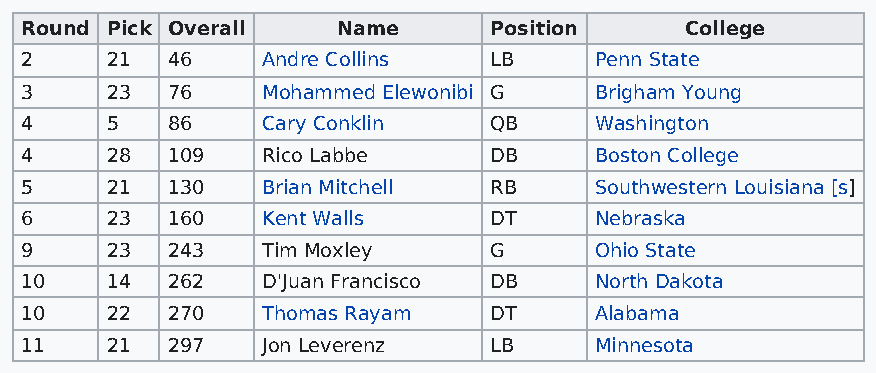
Round Pick Overall   Name      Position     College
 2     21  46    Andre Collins  LB     Penn State
 3     23  76    Mohammed Elewonibi G  Brigham Young
 4     5   86    Cary Conklin   QB     Washington
 4     28  109   Rico Labbe     DB     Boston College
 5     21  130   Brian Mitchell RB     Southwestern Louisiana [s]
 6     23  160   Kent Walls     DT     Nebraska
 9     23  243   Tim Moxley     G      Ohio State
 10    14  262   D'Juan Francisco DB   North Dakota
 10    22  270   Thomas Rayam   DT     Alabama
 11    21  297   Jon Leverenz   LB     Minnesota